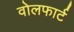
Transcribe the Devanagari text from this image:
वोलफार्ट